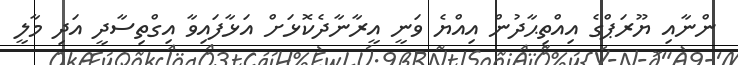
ންނާއި ޔޫރަޕްގެ އިއްތިޙާދުން އިއްޔެ ވަނީ އީރާނާދެކޮޅަށް އަޅާފައިވާ އިގްތިސާދީ އަދި މާލީ